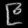
Digit: ၉